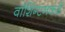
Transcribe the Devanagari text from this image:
वॉशिंग्टनकडे